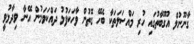
ގާނޫނުލް އުގޫބާތުގައި ހުރި މައްސަލަތަކާ ބެހޭ ގޮތުން ވާހަކަފުޅު ދައްކަވަމުން އޭނާ ވިދާޅުވީ